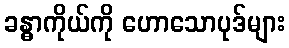
ခန္ဓာကိုယ်ကို ဟောသောပုဒ်များ